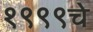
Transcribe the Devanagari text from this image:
१९९९चे